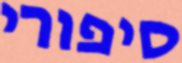
סיפורי